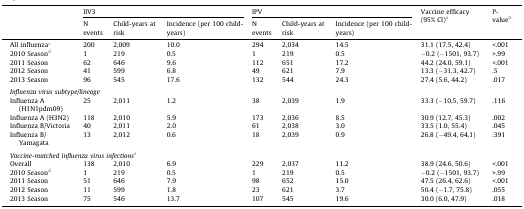
<table><thead><tr><td></td><td colspan="3"><b>IIV3</b></td><td colspan="3"><b>IPV</b></td><td rowspan="2"><b>Vaccine efficacy (95% CI)a</b></td><td rowspan="2"><b>P-valueb</b></td></tr><tr><td></td><td><b>N events</b></td><td><b>Child-years at risk</b></td><td><b>Incidence (per 100 child-years)</b></td><td><b>N events</b></td><td><b>Child-years at risk</b></td><td><b>Incidence (per 100 child-years)</b></td></tr></thead><tbody><tr><td>All influenzac</td><td>200</td><td>2,009</td><td>10.0</td><td>294</td><td>2,034</td><td>14.5</td><td>31.1 (17.5, 42.4)</td><td>&lt;.001</td></tr><tr><td>2010 Seasond</td><td>1</td><td>219</td><td>0.5</td><td>1</td><td>219</td><td>0.5</td><td>−0.2 (−1501, 93.7)</td><td>&gt;.99</td></tr><tr><td>2011 Season</td><td>62</td><td>646</td><td>9.6</td><td>112</td><td>651</td><td>17.2</td><td>44.2 (24.0, 59.1)</td><td>&lt;.001</td></tr><tr><td>2012 Season</td><td>41</td><td>599</td><td>6.8</td><td>49</td><td>621</td><td>7.9</td><td>13.3 (−31.3, 42.7)</td><td>.5</td></tr><tr><td>2013 Season</td><td>96</td><td>545</td><td>17.6</td><td>132</td><td>544</td><td>24.3</td><td>27.4 (5.6, 44.2)</td><td>.017</td></tr><tr><td colspan="9">  </td></tr><tr><td colspan="9"><i>Influenza virus subtype/lineage</i></td></tr><tr><td>Influenza A (H1N1pdm09)</td><td>25</td><td>2,011</td><td>1.2</td><td>38</td><td>2,039</td><td>1.9</td><td>33.3 (−10.5, 59.7)</td><td>.116</td></tr><tr><td>Influenza A (H3N2)</td><td>118</td><td>2,010</td><td>5.9</td><td>173</td><td>2,036</td><td>8.5</td><td>30.9 (12.7, 45.3)</td><td>.002</td></tr><tr><td>Influenza B/Victoria</td><td>40</td><td>2,011</td><td>2.0</td><td>61</td><td>2,038</td><td>3.0</td><td>33.5 (1.0, 55.4)</td><td>.045</td></tr><tr><td>Influenza B/Yamagata</td><td>13</td><td>2,012</td><td>0.6</td><td>18</td><td>2,039</td><td>0.9</td><td>26.8 (−49.4, 64.1)</td><td>.391</td></tr><tr><td colspan="9">  </td></tr><tr><td colspan="9"><i>Vaccine-matched influenza virus infections</i>e</td></tr><tr><td>Overall</td><td>138</td><td>2,010</td><td>6.9</td><td>229</td><td>2,037</td><td>11.2</td><td>38.9 (24.6, 50.6)</td><td>&lt;.001</td></tr><tr><td>2010 Seasond</td><td>1</td><td>219</td><td>0.5</td><td>1</td><td>219</td><td>0.5</td><td>−0.2 (−1501, 93.7)</td><td>&gt;.99</td></tr><tr><td>2011 Season</td><td>51</td><td>646</td><td>7.9</td><td>98</td><td>652</td><td>15.0</td><td>47.5 (26.4, 62.6)</td><td>&lt;.001</td></tr><tr><td>2012 Season</td><td>11</td><td>599</td><td>1.8</td><td>23</td><td>621</td><td>3.7</td><td>50.4 (−1.7, 75.8)</td><td>.055</td></tr><tr><td>2013 Season</td><td>75</td><td>546</td><td>13.7</td><td>107</td><td>545</td><td>19.6</td><td>30.0 (6.0, 47.9)</td><td>.018</td></tr></tbody></table>